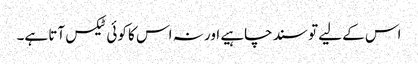
اس کے لیے تو سند چاہیے اور نہ اس کا کوئی ٹیکس آتا ہے۔